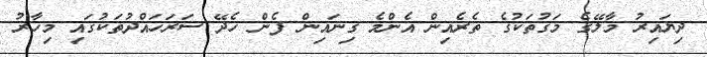
ދިޔައިރު މާލޭގެ މަގުތަކުގެ ތެރެއިން އެންމެ ގިނައިން ފެން ހެދޭ ސަރަހައްދުތަކުގައި މިހާރު